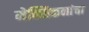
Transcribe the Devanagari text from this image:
मेक्सिकनांचा